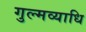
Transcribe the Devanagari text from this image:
गुल्मव्याधि